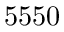
5 5 5 0